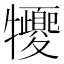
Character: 㹛